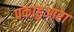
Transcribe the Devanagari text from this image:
पकाहुआरा